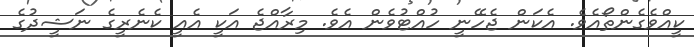
ކީއްވެގެންތޯއެވެ. އެކަން ޖެހޭނީ ހުއްޓުވެން އެވެ. މިރާއްޖެ އަކީ އެއީ ކެނެރީގެ ނަޝީދުގެ